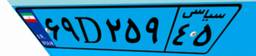
۵۴D۷۱۴۵۳